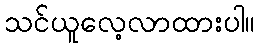
သင်ယူလေ့လာထားပါ။